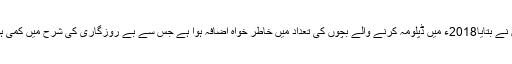
انہوں نے بتایا2018ء میں ڈپلومہ کرنے والے بچوں کی تعداد میں خاطر خواہ اضافہ ہوا ہے جس سے بے روزگاری کی شرح میں کمی ہوئی ۔